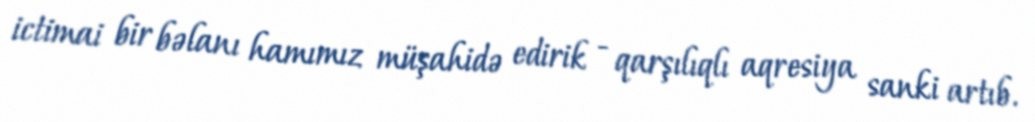
ictimai bir bəlanı hamımız müşahidə edirik - qarşılıqlı aqresiya sanki artıb.